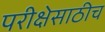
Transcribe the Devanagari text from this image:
परीक्षेसाठीच